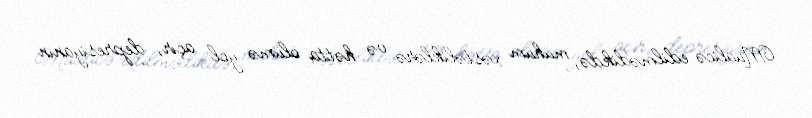
Müalicə edilmədikdə, mühüm xəstəliklərə və hətta ölümə yol açır, depresiyanın